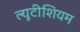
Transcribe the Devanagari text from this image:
ल्यूटीशियम